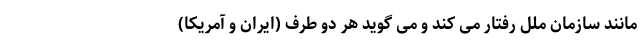
مانند سازمان ملل رفتار می کند و می گوید هر دو طرف (ایران و آمریکا)